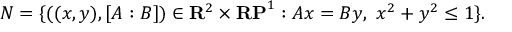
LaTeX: N = \{ ( ( x , y ) , [ A : B ] ) \in \mathbf { R } ^ { 2 } \times \mathbf { R P } ^ { 1 } : A x = B y , \ x ^ { 2 } + y ^ { 2 } \leq 1 \} .